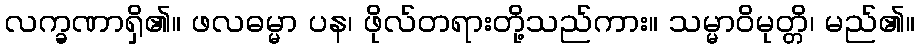
လက္ခဏာရှိ၏။ ဖလဓမ္မာ ပန၊ ဖိုလ်တရားတို့သည်ကား။ သမ္မာဝိမုတ္တိ၊ မည်၏။